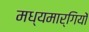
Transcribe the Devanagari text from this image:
मध्यमार्गियों